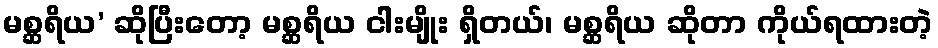
မစ္ဆရိယ’ ဆိုပြီးတော့ မစ္ဆရိယ ငါးမျိုး ရှိတယ်၊ မစ္ဆရိယ ဆိုတာ ကိုယ်ရထားတဲ့